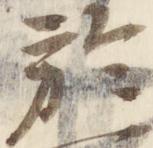
於